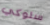
سلوكي